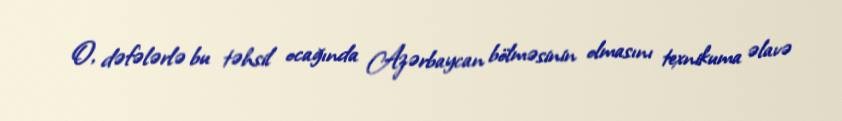
O, dəfələrlə bu təhsil ocağında Azərbaycan bölməsinin olmasını texnikuma əlavə